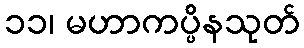
၁၁၊ မဟာကပ္ပိနသုတ်